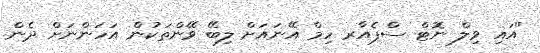
''އައި ވިލް ނޮޓް ސްޕެއާރ ހިމް އޭނައަށް ލިބޭ ވޭންތަކުން އަހަންނަށް ދެން